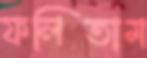
ফলিতাম